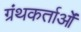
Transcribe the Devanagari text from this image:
ग्रंथकर्ताओं